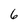
Character: 6